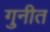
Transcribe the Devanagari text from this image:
गुनीत